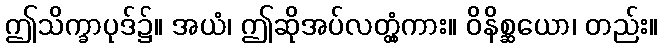
ဤသိက္ခာပုဒ်၌။ အယံ၊ ဤဆိုအပ်လတ္တံ့ကား။ ဝိနိစ္ဆယော၊ တည်း။